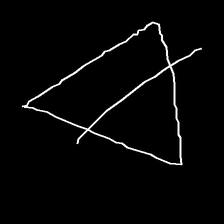
Glyph: empower